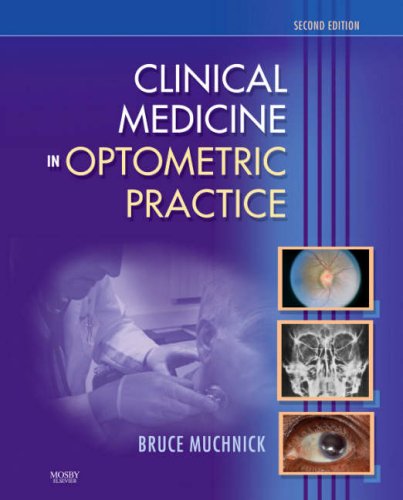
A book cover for Clinical Medicine in Optometric Practice, 2e; Bruce Muchnick OD; Medical Books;